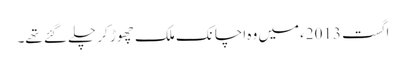
اگست 2013ء میں وہ اچانک ملک چھوڑ کر چلے گئے تھے۔